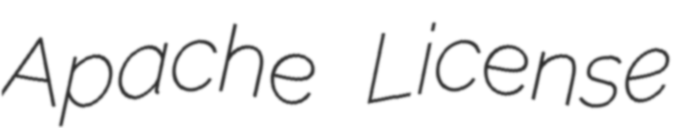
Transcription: Apache License